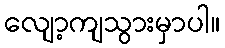
လျော့ကျသွားမှာပါ။